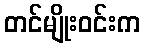
တင်မျိုးဝင်းက